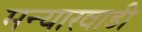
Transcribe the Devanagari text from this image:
मन्यारवाडी